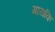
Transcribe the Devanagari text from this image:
गायकि